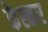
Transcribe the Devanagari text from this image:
केस्कर